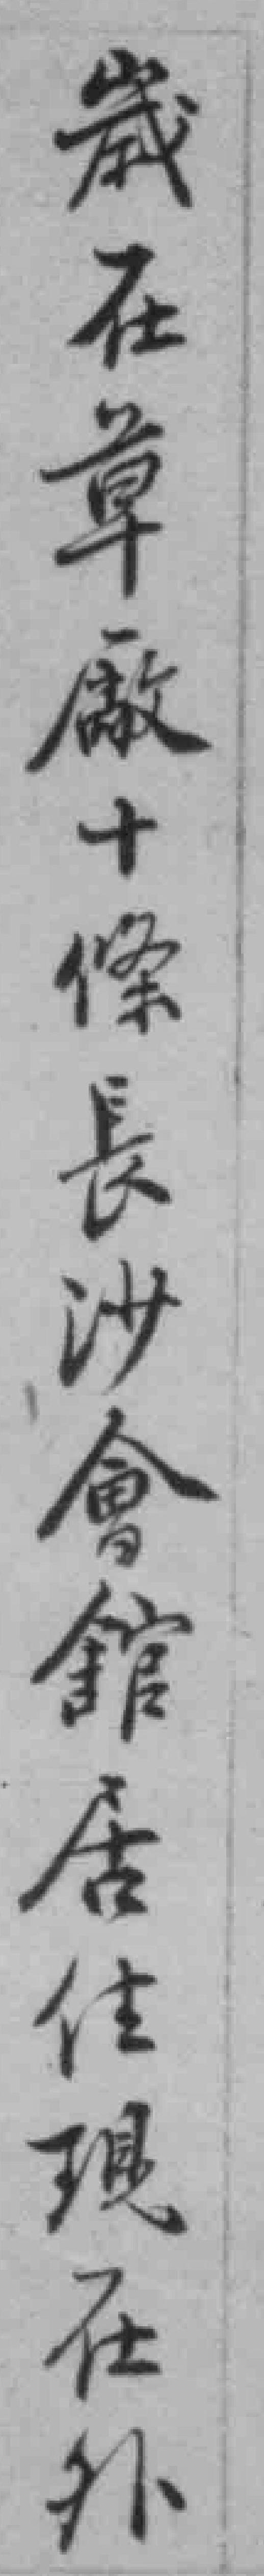
歲在草厰十條長沙會舘居住現在外